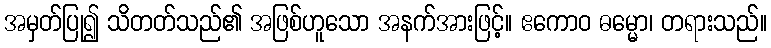
အမှတ်ပြု၍ သိတတ်သည်၏ အဖြစ်ဟူသော အနက်အားဖြင့်။ ဧကောဝ ဓမ္မော၊ တရားသည်။